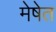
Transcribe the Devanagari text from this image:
मेषेत